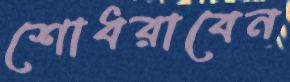
শোধরাবেন